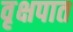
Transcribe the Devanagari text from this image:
वृक्षपात